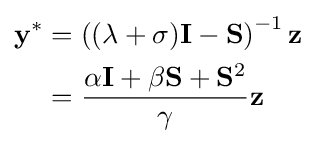
{\begin{aligned}\mathbf {y} ^{*}&=\left((\lambda +\sigma )\mathbf {I} -\mathbf {S} \right)^{-1}\mathbf {z} \\&={\frac {\alpha \mathbf {I} +\beta \mathbf {S} +\mathbf {S} ^{2}}{\gamma }}\mathbf {z} \end{aligned}}